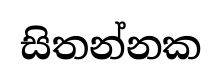
සිතන්නක